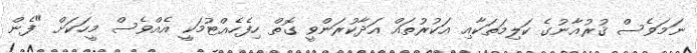
ނަމަވެސް ޤުރުއާނުގެ ކަލިމަތަކާއި އަކުރުތައް އަދާކުރަންވީ ގޮތް ހިފެހެއްޓުމަކީ އެއްވެސް މީހަކަށް "ފެން